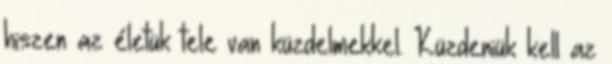
hiszen az életük tele van küzdelmekkel. Küzdeniük kell az